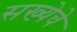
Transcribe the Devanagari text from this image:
सख्येचे